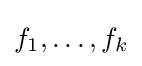
f_{1},\ldots ,f_{k}